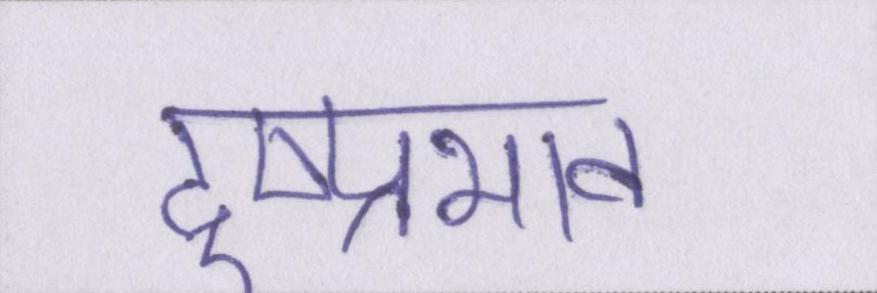
दुष्प्रभाव